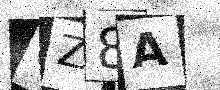
Text: OZ8A